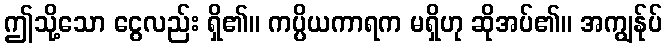
ဤသို့သော ငွေလည်း ရှိ၏။ ကပ္ပိယကာရက မရှိဟု ဆိုအပ်၏။ အကျွန်ုပ်